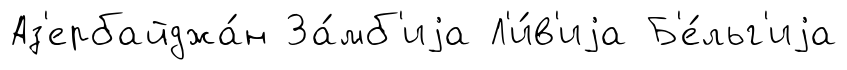
Аз'ербайджа́н За́мб'иjа Л'и́в'иjа Б'е́льг'иjа